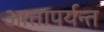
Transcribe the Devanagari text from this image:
आत्तापर्यन्त